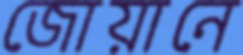
জোয়ানে